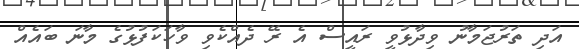
އަދި ތަރުޖަމާނު ވިދާޅުވީ ރައީސް އެ ރޭ ދެއްކެވި ވާހަކަފުޅުގެ މާނަ ބައެއް